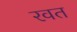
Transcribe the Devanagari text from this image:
रवत